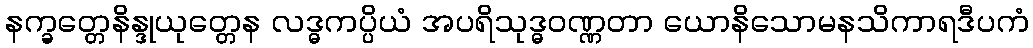
နက္ခတ္တေနိန္ဒုယုတ္တေန လဒ္ဓကပ္ပိယံ အပရိသုဒ္ဓဝဏ္ဏတာ ယောနိသောမနသိကာရဒီပကံ